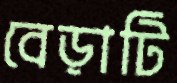
বেড়াটি